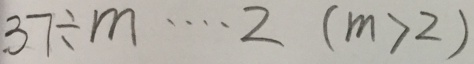
3 7 \div m \cdots 2 ( m > 2 )